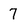
Character: 7